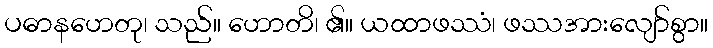
ပဓာနဟေတု၊ သည်။ ဟောတိ၊ ၏။ ယထာဖဿံ၊ ဖဿအားလျော်စွာ။